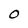
Character: 0